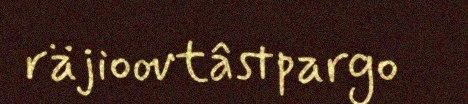
räjioovtâstpargo